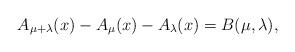
LaTeX: \begin{align*}A_{\mu+\lambda}(x)-A_\mu(x)-A_\lambda(x)=B(\mu,\lambda),\end{align*}